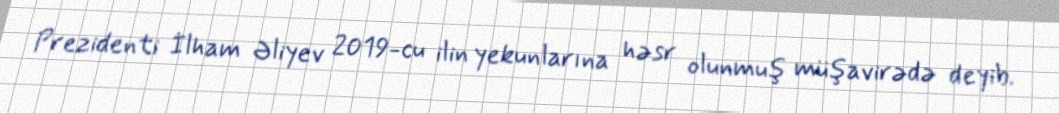
Prezidenti İlham Əliyev 2019-cu ilin yekunlarına həsr olunmuş müşavirədə deyib.